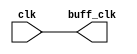
module buff_clock(clk,buff_clk);
  input clk;
  output buff_clk;
  
  buf #(5) (buff_clk,clk);
endmodule